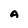
Character: A